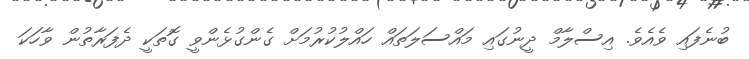
ބުނެފައި ވެއެވެ. އިސްލާމް ދީނުގައި މައްސަލަތައް ހައްލުކުރުމަށް ގެންގުޅެންވީ ގޮތަކީ ދެފަރާތުން ވާހަކަ